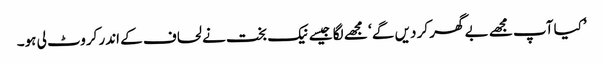
’کیا آپ مجھے بے گھر کر دیں گے ‘ مجھے لگا جیسے نیک بخت نے لحاف کے اندر کروٹ لی ہو۔